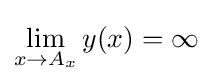
\lim _{x\to A_{x}}y(x)=\infty